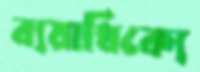
ব্যয়াধিক্যে